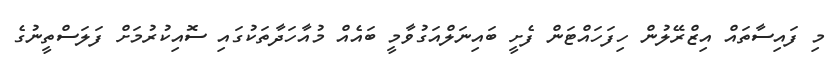
މި ފައިސާތައް އިޒްރޭލުން ހިފަހައްޓަން ފެށީ ބައިނަލްއަގުވާމީ ބައެއް މުއާހަދާތަކުގައި ސޮއިކުރުމަށް ފަލަސްތީނުގެ